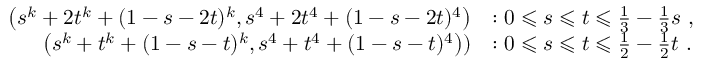
\begin{array} { r l } { \left( s ^ { k } + 2 t ^ { k } + ( 1 - s - 2 t ) ^ { k } , s ^ { 4 } + 2 t ^ { 4 } + ( 1 - s - 2 t ) ^ { 4 } \right) } & { : 0 \leqslant s \leqslant t \leqslant \frac { 1 } { 3 } - \frac { 1 } { 3 } s ~ , } \\ { \left( s ^ { k } + t ^ { k } + ( 1 - s - t ) ^ { k } , s ^ { 4 } + t ^ { 4 } + ( 1 - s - t ) ^ { 4 } \right) ) } & { : 0 \leqslant s \leqslant t \leqslant \frac { 1 } { 2 } - \frac { 1 } { 2 } t ~ . } \end{array}